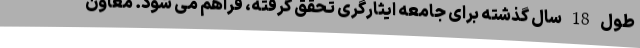
طول 18 سال گذشته برای جامعه ایثارگری تحقق گرفته، فرآهم می شود. معاون